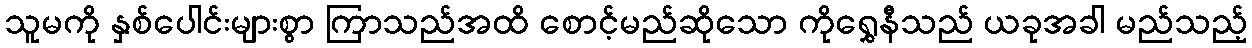
သူမကို နှစ်ပေါင်းများစွာ ကြာသည်အထိ စောင့်မည်ဆိုသော ကိုရွှေနီသည် ယခုအခါ မည်သည့်